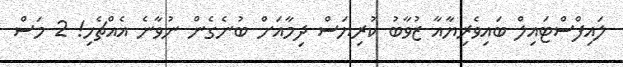
ލައިފްސްޓައިލް ބައިވެރިޔާއާ ޒުވާބު ކުރިޔަސް ދިމާއަށް ބުނެގެން ނުވާނެ އެއްޗެހި! 2 މަސް